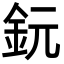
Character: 鈨